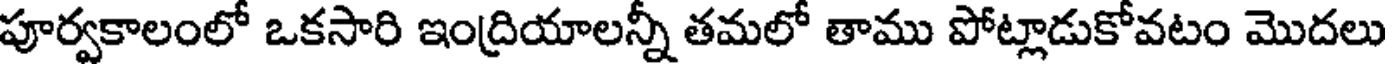
పూర్వకాలంలో ఒకసారి ఇంద్రియాలన్నీ తమలో తాము పోట్లాడుకోవటం మొదలు